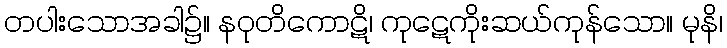
တပါးသောအခါ၌။ နဝုတိကောဋိ၊ ကုဋေကိုးဆယ်ကုန်သော။ မုနိ၊